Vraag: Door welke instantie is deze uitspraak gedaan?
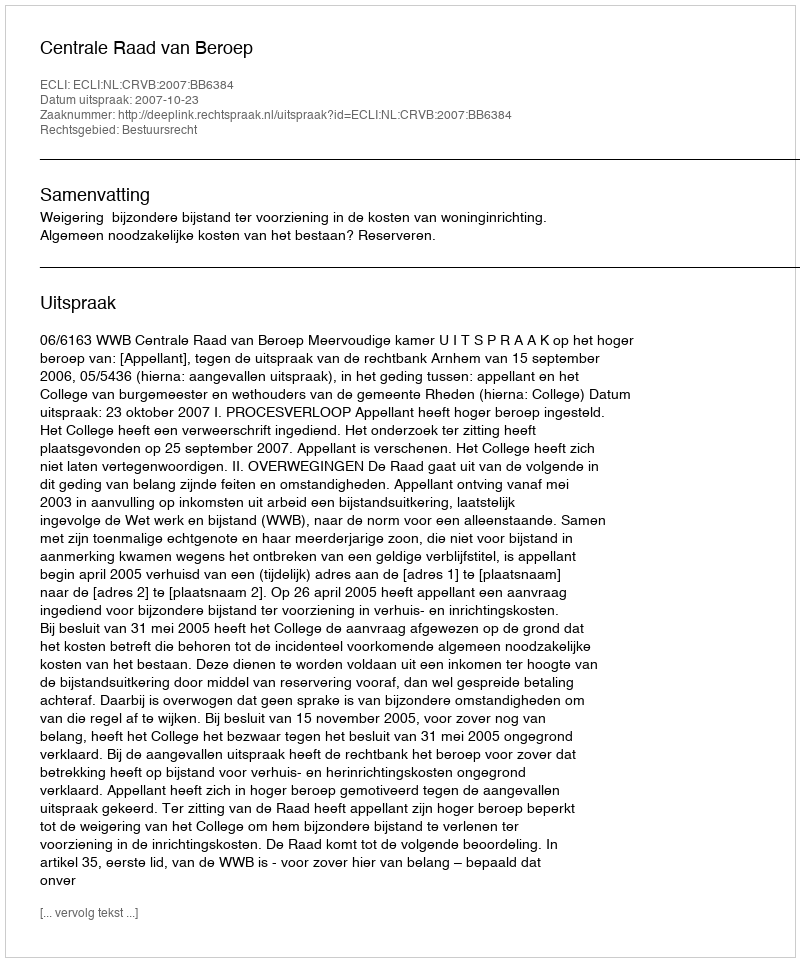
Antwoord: Centrale Raad van Beroep